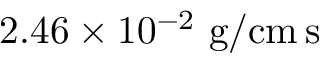
2 . 4 6 \times 1 0 ^ { - 2 } ~ \mathrm { g } / \mathrm { c m \, s }